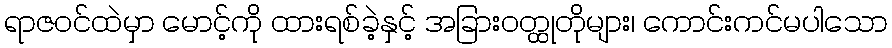
ရာဇဝင်ထဲမှာ မောင့်ကို ထားရစ်ခဲ့နှင့် အခြားဝတ္ထုတိုများ၊ ကောင်းကင်မပါသော